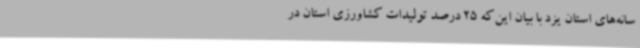
سانه‌های استان یزد با بیان این‌که 25 درصد تولیدات کشاورزی استان در